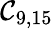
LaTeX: \mathcal{C}_{9,15}